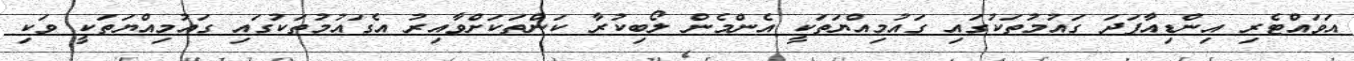
އަވައްޓެރި އިންޑިއާފަދަ ގައުމުތަކުގައި ގައުމިއްޔަތަކީ އެންމެން ލޯބިކުރާ ކަންތަކަށްވާއިރު އެގައުމުތަކުގައި ގައުމިއްޔަތަކީ ވަކި